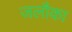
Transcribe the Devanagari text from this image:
जलौका